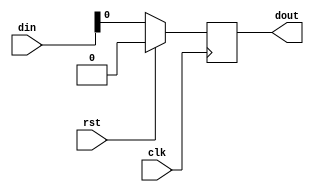
module piso(din,clk,rst,dout);
  input [3:0]din;
  input clk,rst;
  output reg dout;
  
  always@(posedge clk)
    begin
      if(rst)
        dout=0;
      else
        begin
          dout=din[3];
          $display("Time=%0t rst=%b din=%b dout=%b",$time,rst,din,dout);

          dout=din[2];
          $display("Time=%0t rst=%b din=%b dout=%b",$time,rst,din,dout);
          dout=din[1];
          $display("Time=%0t rst=%b din=%b dout=%b",$time,rst,din,dout);
          dout=din[0];
          $display("Time=%0t rst=%b din=%b dout=%b",$time,rst,din,dout);
        end
    end
endmodule